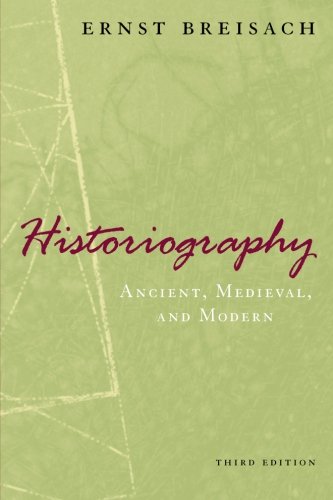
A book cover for Historiography: Ancient, Medieval, and Modern, Third Edition; Ernst Breisach; History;